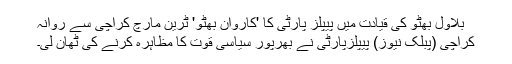
بلاول بھٹو کی قیادت میں پیپلز پارٹی کا 'کاروان بھٹو' ٹرین مارچ کراچی سے روانہ
کراچی (پبلک نیوز) پیپلزپارٹی نے بھرپور سیاسی قوت کا مظاہرہ کرنے کی ٹھان لی۔